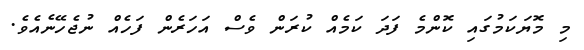
މި މޮޔަކަމުގައި ކޮންމެ ފަދަ ކަމެއް ކުރަން ވެސް އަހަރެން ފަހެއް ނުޖެހޭނެއެވެ.